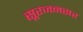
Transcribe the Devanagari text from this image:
सूरजनसर